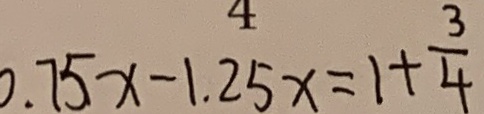
0 . 7 5 x - 1 . 2 5 x = 1 + \frac { 3 } { 4 }